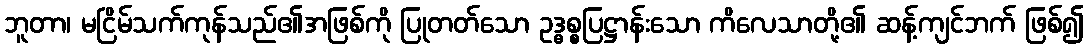
ဘူတာ၊ မငြိမ်သက်ကုန်သည်၏အဖြစ်ကို ပြုတတ်သော ဥဒ္ဓစ္စပြဋ္ဌာန်းသော ကိလေသာတို့၏ ဆန့်ကျင်ဘက် ဖြစ်၍